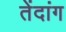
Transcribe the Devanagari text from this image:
तेंदांग